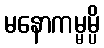
မနောကမ္မမ္ပိ